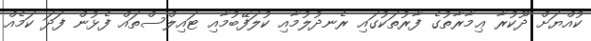
ކުއްޔަށް ދޫކުރާ ޢިމާރާތުގެ ފާރުތަކުގައި ރެނދުލުމާއި ކުލަފޭބުމާއި ޓައިލްސްތައް ފެޅުން ފަދަ ކަމެއް